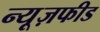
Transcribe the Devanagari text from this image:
न्यूज़फीड